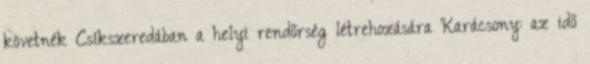
követnék Csíkszeredában a helyi rendőrség létrehozására Karácsony: az idő